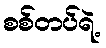
စစ်တပ်ရဲ့